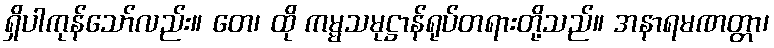
ရှိပါကုန်သော်လည်း။ တေ၊ ထို ကမ္မသမုဋ္ဌာန်ရုပ်တရားတို့သည်။ အနာရမဏတ္တာ၊